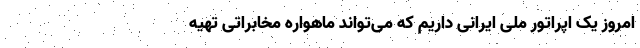
امروز یک اپراتور ملی ایرانی داریم که می‌تواند ماهواره مخابراتی تهیه